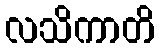
လသိကာတိ